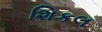
શિકલ